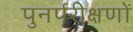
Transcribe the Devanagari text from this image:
पुनर्परीक्षणों